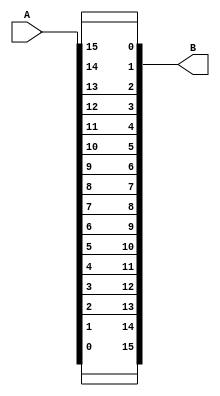
module BTR(
	//Inputs
	A,
	//outputs
	B
	);

input [15:0] A;
output [15:0] B;

assign B = {A[0],A[1],A[2],A[3],A[4],A[5],A[6],A[7],A[8],A[9],A[10],A[11],A[12],A[13],A[14],A[15]};


endmodule